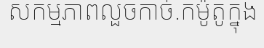
សកម្មភាពលួចកាច់.កម៉ូតូក្នុង